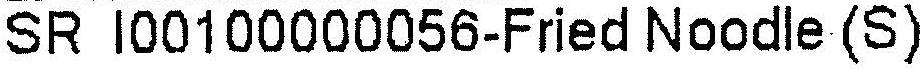
SR I00100000056-FRIED NOODLE (S)